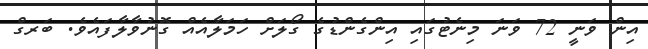
އިން ވަނީ 72 ވަނަ މިނެޓުގައި އިންގެންޑުގެ ގޯލަށް ހަމަލާއެއް ގޮނުވާލާފައެވެ. ބަރގް